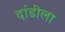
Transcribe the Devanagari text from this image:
दांडीला